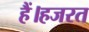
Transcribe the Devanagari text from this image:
हैं।हजरत